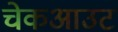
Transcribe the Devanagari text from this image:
चेकआउट